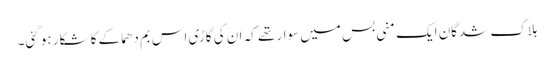
ہلاک شدگان ایک منی بس میں سوار تھے کہ ان کی گاڑی اس بم دھماکے کا شکار ہو گئی۔